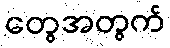
တွေအတွက်